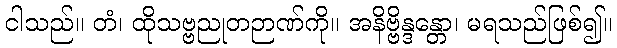
ငါသည်။ တံ၊ ထိုသဗ္ဗညုတဉာဏ်ကို။ အနိဗ္ဗိန္ဒန္တော၊ မရသည်ဖြစ်၍။